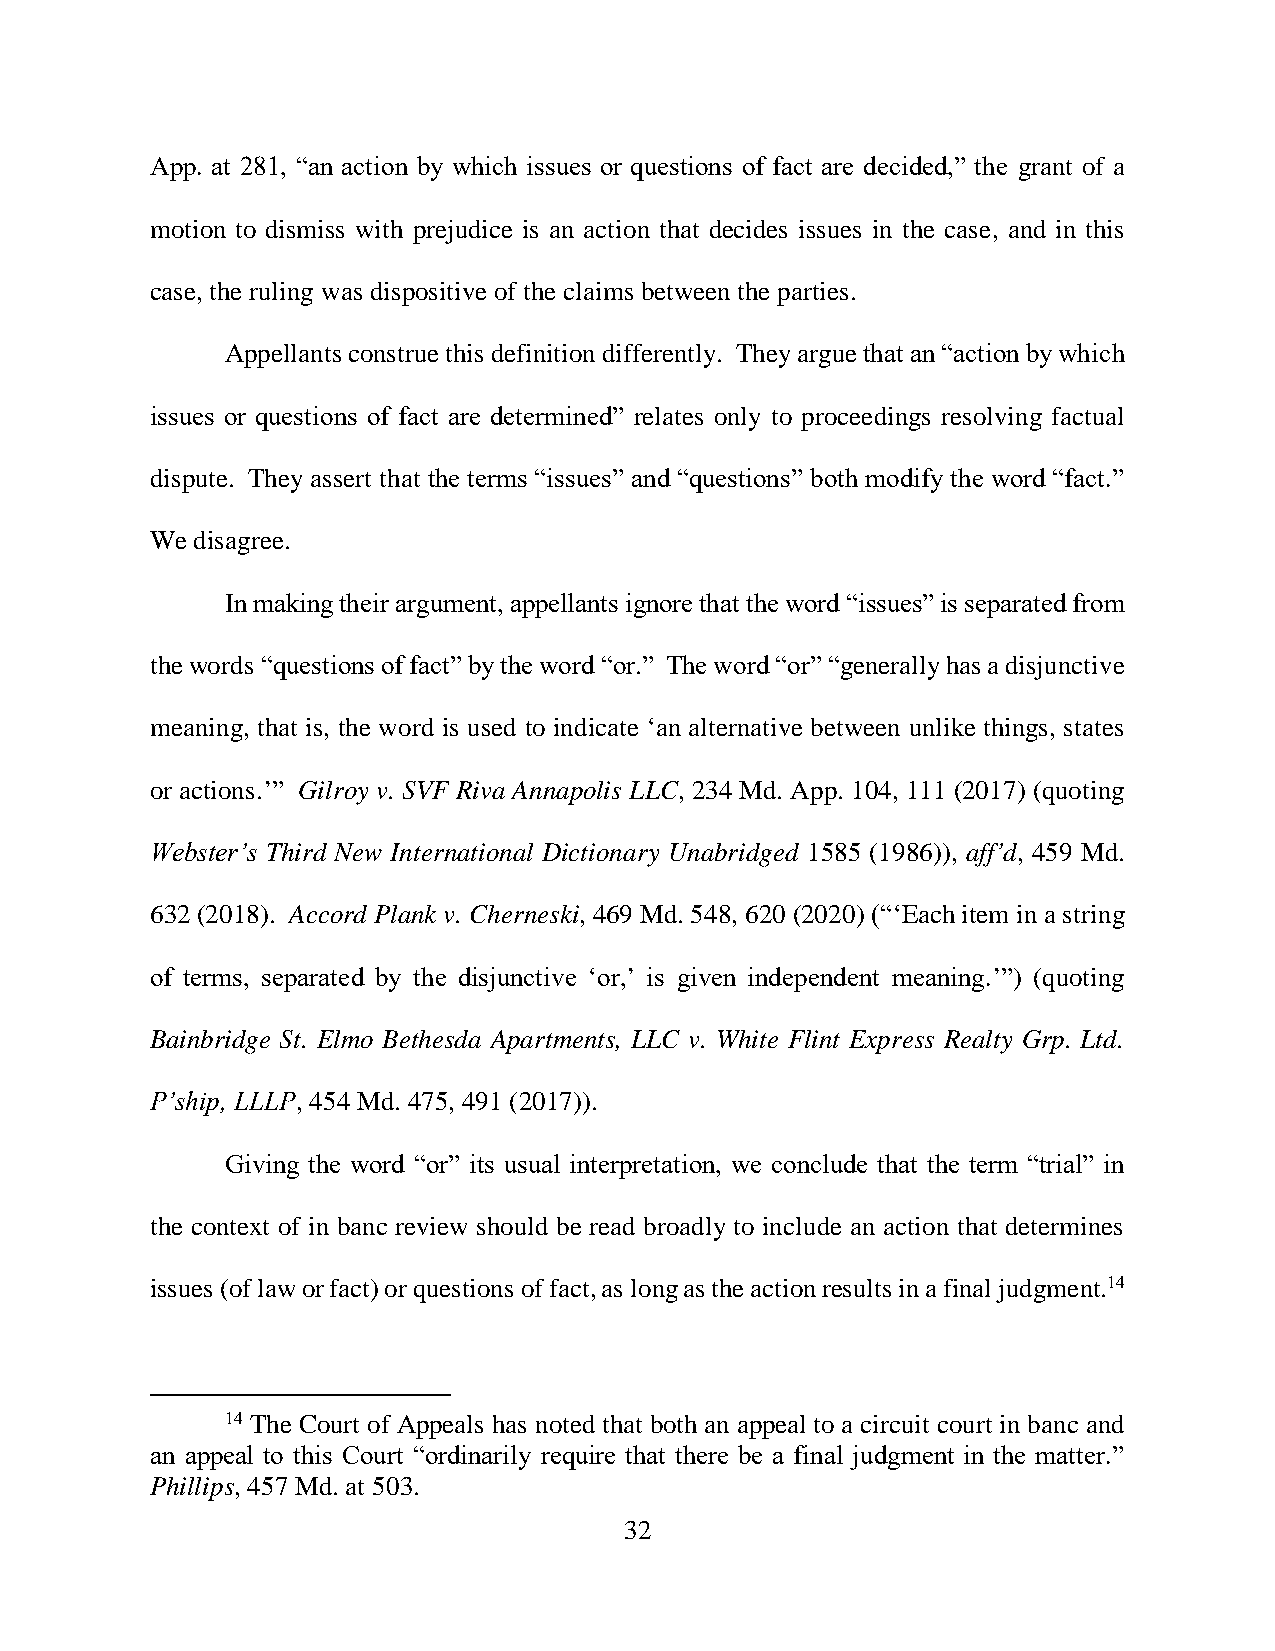
App. at 281, “an action by which issues or questions of fact are decided,” the grant of a
 motion to dismiss with prejudice is an action that decides issues in the case, and in this
 case, the ruling was dispositive of the claims between the parties.
 Appellants construe this definition differently. They argue that an “action by which
 issues or questions of fact are determined” relates only to proceedings resolving factual
 dispute. They assert that the terms “issues” and “questions” both modify the word “fact.”
 We disagree.
 In making their argument, appellants ignore that the word “issues” is separated from
 the words “questions of fact” by the word “or.” The word “or” “generally has a disjunctive
 meaning, that is, the word is used to indicate ‘an alternative between unlike things, states
 or actions.’” Gilroy v. SVF Riva Annapolis LLC, 234 Md. App. 104, 111 (2017) (quoting
 Webster’s Third New International Dictionary Unabridged 1585 (1986)), aff’d, 459 Md.
 632 (2018). Accord Plank v. Cherneski, 469 Md. 548, 620 (2020) (“‘Each item in a string
 of terms, separated by the disjunctive ‘or,’ is given independent meaning.’”) (quoting
 Bainbridge St. Elmo Bethesda Apartments, LLC v. White Flint Express Realty Grp. Ltd.
 P’ship, LLLP, 454 Md. 475, 491 (2017)).
 Giving the word “or” its usual interpretation, we conclude that the term “trial” in
 the context of in banc review should be read broadly to include an action that determines
 issues (of law or fact) or questions of fact, as long as the action results in a final judgment.14
 14 The Court of Appeals has noted that both an appeal to a circuit court in banc and
 an appeal to this Court “ordinarily require that there be a final judgment in the matter.”
 Phillips, 457 Md. at 503.
 32